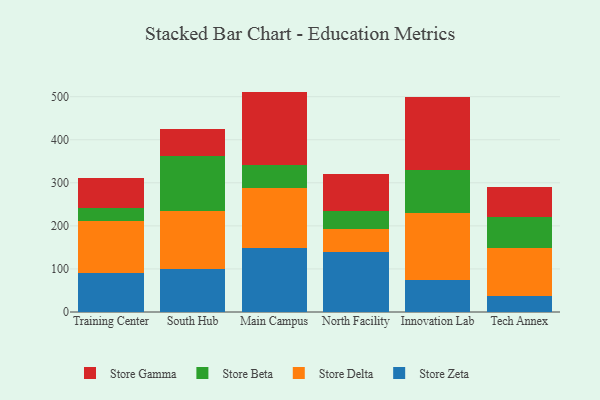
{"axis": {"x": "Campus", "y": "Satisfaction Score"}, "legend": ["Store Beta", "Store Delta", "Store Gamma", "Store Zeta"], "data": [{"x": "Training Center", "y": 89.6, "type": "Store Zeta"}, {"x": "Training Center", "y": 121.0, "type": "Store Delta"}, {"x": "Training Center", "y": 29.8, "type": "Store Beta"}, {"x": "Training Center", "y": 71.0, "type": "Store Gamma"}, {"x": "South Hub", "y": 99.9, "type": "Store Zeta"}, {"x": "South Hub", "y": 134.7, "type": "Store Delta"}, {"x": "South Hub", "y": 126.9, "type": "Store Beta"}, {"x": "South Hub", "y": 64.1, "type": "Store Gamma"}, {"x": "Main Campus", "y": 147.5, "type": "Store Zeta"}, {"x": "Main Campus", "y": 140.3, "type": "Store Delta"}, {"x": "Main Campus", "y": 54.3, "type": "Store Beta"}, {"x": "Main Campus", "y": 169.7, "type": "Store Gamma"}, {"x": "North Facility", "y": 140.2, "type": "Store Zeta"}, {"x": "North Facility", "y": 51.9, "type": "Store Delta"}, {"x": "North Facility", "y": 41.5, "type": "Store Beta"}, {"x": "North Facility", "y": 86.0, "type": "Store Gamma"}, {"x": "Innovation Lab", "y": 74.1, "type": "Store Zeta"}, {"x": "Innovation Lab", "y": 155.8, "type": "Store Delta"}, {"x": "Innovation Lab", "y": 99.9, "type": "Store Beta"}, {"x": "Innovation Lab", "y": 168.7, "type": "Store Gamma"}, {"x": "Tech Annex", "y": 36.6, "type": "Store Zeta"}, {"x": "Tech Annex", "y": 112.2, "type": "Store Delta"}, {"x": "Tech Annex", "y": 71.0, "type": "Store Beta"}, {"x": "Tech Annex", "y": 70.0, "type": "Store Gamma"}]}